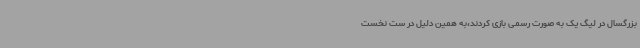
بزرگسال در لیگ یک به صورت رسمی بازی کردند،به همین دلیل در ست نخست